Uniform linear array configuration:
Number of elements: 64
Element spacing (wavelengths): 0.25
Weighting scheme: kaiser
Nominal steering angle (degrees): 60
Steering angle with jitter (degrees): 58.605
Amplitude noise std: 0.05
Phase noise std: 0.05

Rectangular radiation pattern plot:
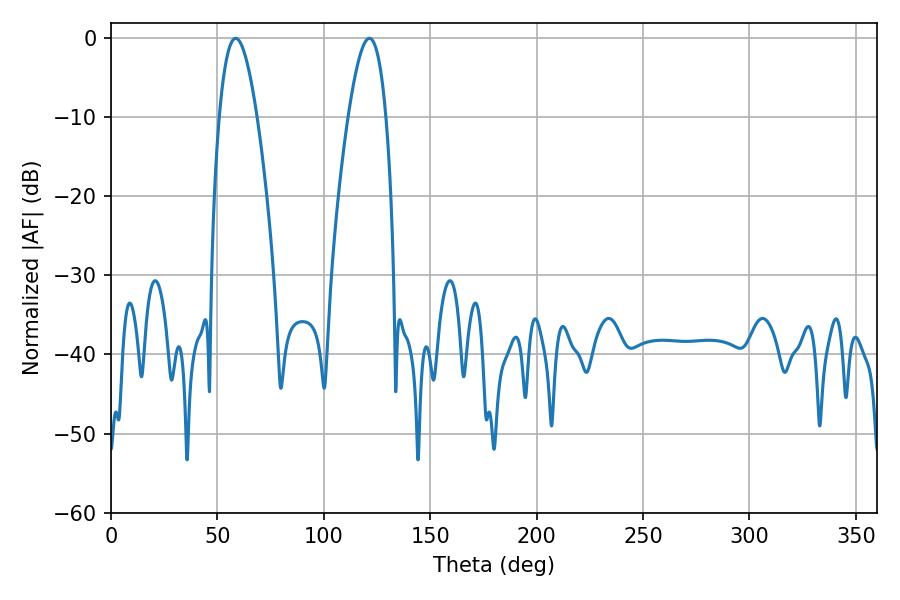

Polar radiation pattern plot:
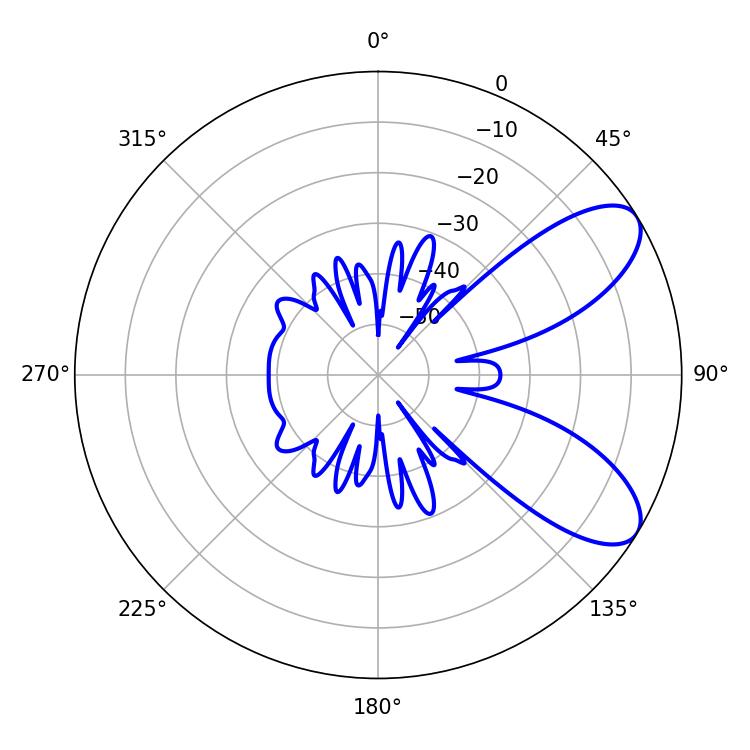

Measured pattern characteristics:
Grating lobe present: FALSE
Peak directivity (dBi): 8.058
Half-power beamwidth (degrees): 9.72
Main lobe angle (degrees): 121.5